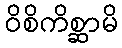
ဝိစိကိစ္ဆာမိ